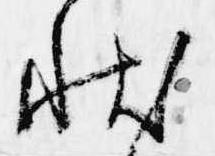
状